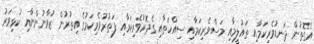
އެގޮތުން ދަނޑުވެރިކަމާއި ތައުލީމާއި މަސްވެރިކަމާއި ސިއްހަތާއި ގެދޮރުވެރިކަމާއި ފަތުރުވެރިކަމުގެ އިތުރުން ޒުވާނުންނާއި ކުޅިވަރު